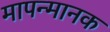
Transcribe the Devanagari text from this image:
मापन्मानक